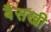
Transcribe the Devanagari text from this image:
बैसखी